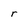
Character: r